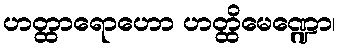
ဟတ္ထာရောဟော ဟတ္ထိမေဏ္ဍော၊